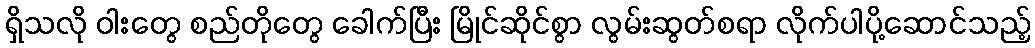
ရှိသလို ဝါးတွေ စည်တိုတွေ ခေါက်ပြီး မြိုင်ဆိုင်စွာ လွမ်းဆွတ်စရာ လိုက်ပါပို့ဆောင်သည့်